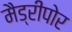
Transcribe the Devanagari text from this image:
मैड्रीपोर